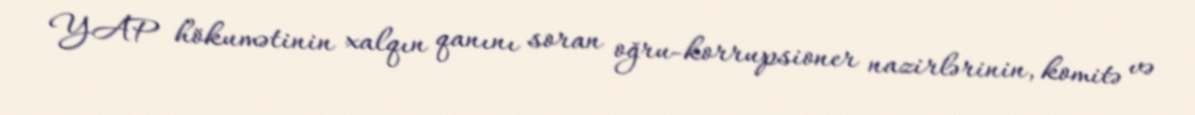
YAP hökumətinin xalqın qanını soran oğru-korrupsioner nazirlərinin, komitə və